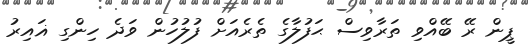
ޕީން ރޭ ބޭއްވި ތަރާވިސް ޙަފުލާގެ ތެރެއަށް ފުލުހުން ވަދެ ހިންގި ޣައިރު